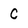
Character: C